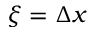
\xi = \Delta x